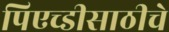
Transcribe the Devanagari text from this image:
पिएच्डीसाठीचे